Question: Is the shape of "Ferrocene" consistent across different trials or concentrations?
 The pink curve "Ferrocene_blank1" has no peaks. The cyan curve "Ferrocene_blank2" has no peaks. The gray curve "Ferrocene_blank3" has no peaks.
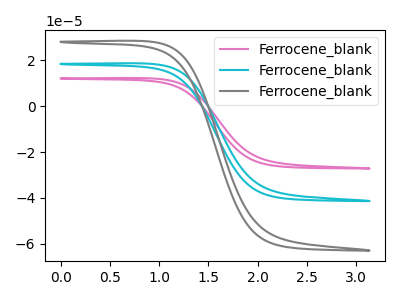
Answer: <think>Neither "Ferrocene_blank1" or "Ferrocene_blank2" have any peaks. Neither "Ferrocene_blank1" or "Ferrocene_blank3" have any peaks. Neither "Ferrocene_blank2" or "Ferrocene_blank3" have any peaks.
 </think>
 <answer>All the CV's of "Ferrocene" have similar shape.</answer>
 <eval>follow_rule</eval>